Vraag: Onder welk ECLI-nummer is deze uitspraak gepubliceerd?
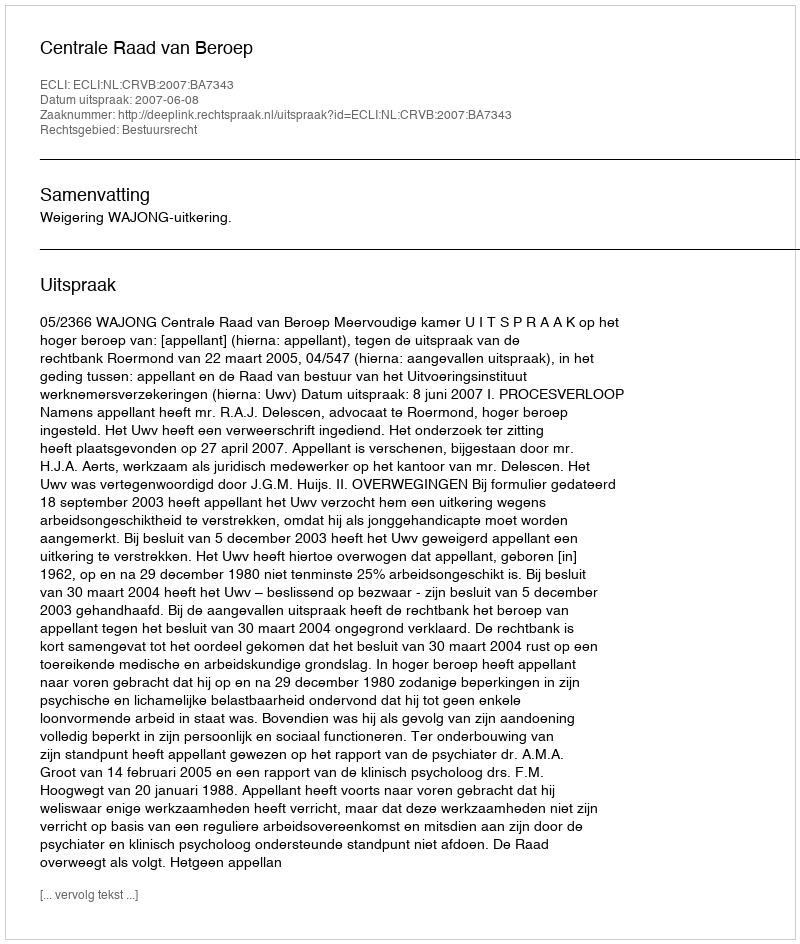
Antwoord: ECLI:NL:CRVB:2007:BA7343